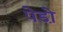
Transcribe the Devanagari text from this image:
पेडो़